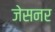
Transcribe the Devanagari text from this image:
जेसनर